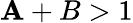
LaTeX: \mathbf{A}+B>1